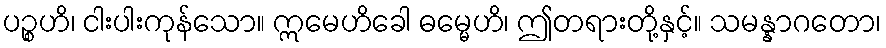
ပဉ္စဟိ၊ ငါးပါးကုန်သော။ ဣမေဟိခေါ ဓမ္မေဟိ၊ ဤတရားတို့နှင့်။ သမန္နာဂတော၊